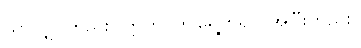
သာလျှင်တည်း။ ဣတိ၊ ဤရွေ့တရပ် အပြီးတည်း။